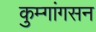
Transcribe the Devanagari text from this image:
कुम्गांगसन